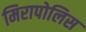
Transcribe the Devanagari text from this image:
मिरापोलिस